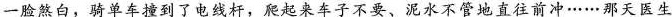
一脸煞白，骑单车撞到了电线杆，爬起来车子不要、泥水不管地直往前冲……那天